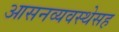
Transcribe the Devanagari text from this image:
आसनव्यवस्थेसह